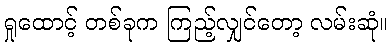
ရှုထောင့် တစ်ခုက ကြည့်လျှင်တော့ လမ်းဆုံ။